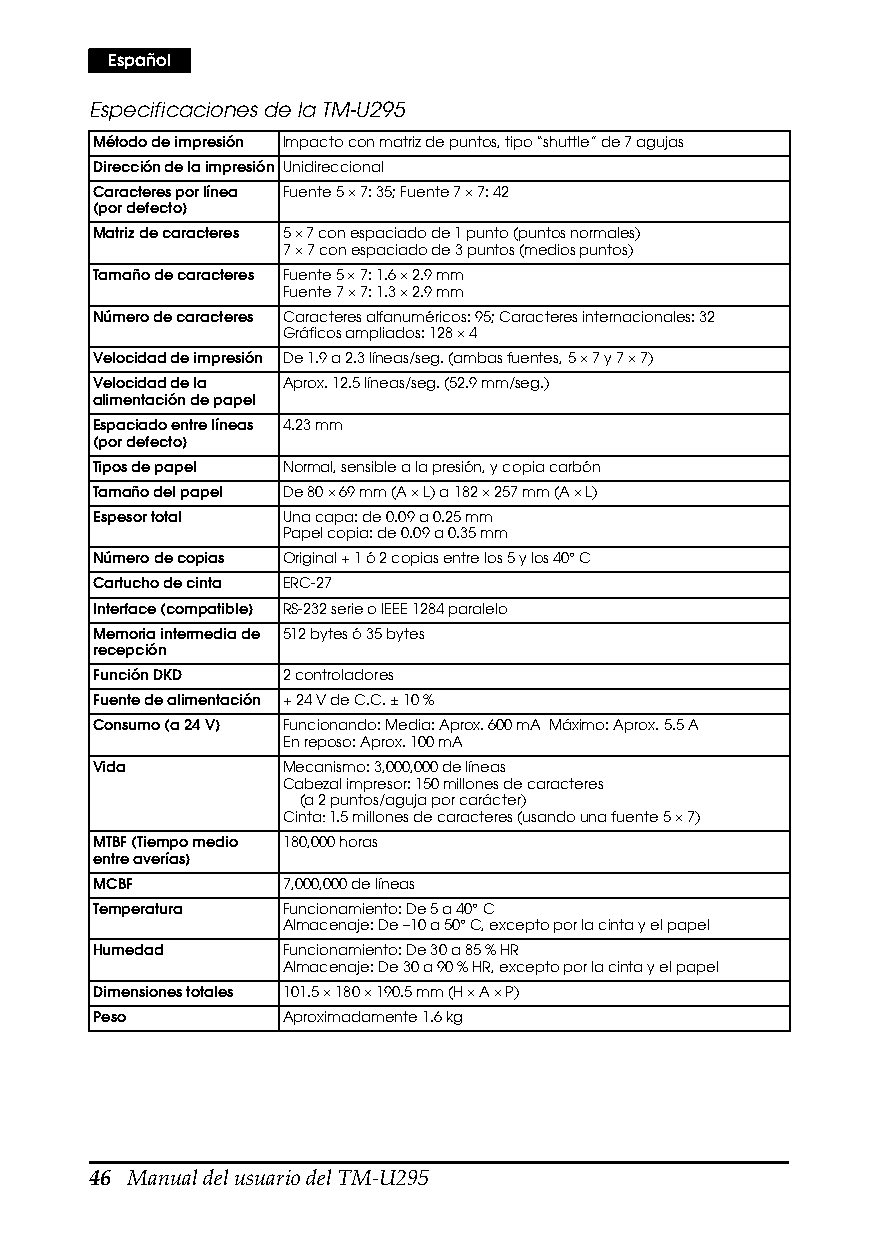
Español
 Especificaciones de la TM-U295
 Método de impresión Impacto con matriz de puntos, tipo “shuttle” de 7 agujas
 Dirección de la impresión Unidireccional
 Caracteres por línea Fuente 5 × 7: 35; Fuente 7 × 7: 42
 (por defecto)
 Matriz de caracteres 5 × 7 con espaciado de 1 punto (puntos normales)
 7 × 7 con espaciado de 3 puntos (medios puntos)
 Tamaño de caracteres Fuente 5 × 7: 1.6 × 2.9 mm
 Fuente 7 × 7: 1.3 × 2.9 mm
 Número de caracteres Caracteres alfanuméricos: 95; Caracteres internacionales: 32
 Gráficos ampliados: 128 × 4
 Velocidad de impresión De 1.9 a 2.3 líneas/seg. (ambas fuentes, 5 × 7 y 7 × 7)
 Velocidad de la Aprox. 12.5 líneas/seg. (52.9 mm/seg.)
 alimentación de papel
 Espaciado entre líneas 4.23 mm
 (por defecto)
 Tipos de papel Normal, sensible a la presión, y copia carbón
 Tamaño del papel De 80 × 69 mm (A × L) a 182 × 257 mm (A × L)
 Espesor total Una capa: de 0.09 a 0.25 mm
 Papel copia: de 0.09 a 0.35 mm
 Número de copias Original + 1 ó 2 copias entre los 5 y los 40° C
 Cartucho de cinta ERC-27
 Interface (compatible) RS-232 serie o IEEE 1284 paralelo
 Memoria intermedia de 512 bytes ó 35 bytes
 recepción
 Función DKD  2 controladores
 Fuente de alimentación + 24 V de C.C. ± 10 %
 Consumo (a 24 V) Funcionando: Media: Aprox. 600 mA Máximo: Aprox. 5.5 A
 En reposo: Aprox. 100 mA
 Vida         Mecanismo: 3,000,000 de líneas
 Cabezal impresor: 150 millones de caracteres
 (a 2 puntos/aguja por carácter)
 Cinta: 1.5 millones de caracteres (usando una fuente 5 × 7)
 MTBF (Tiempo medio 180,000 horas
 entre averías)
 MCBF         7,000,000 de líneas
 Temperatura  Funcionamiento: De 5 a 40° C
 Almacenaje: De –10 a 50° C, excepto por la cinta y el papel
 Humedad      Funcionamiento: De 30 a 85 % HR
 Almacenaje: De 30 a 90 % HR, excepto por la cinta y el papel
 Dimensiones totales 101.5 × 180 × 190.5 mm (H × A × P)
 Peso         Aproximadamente 1.6 kg
 46 Manual del usuario del TM-U295